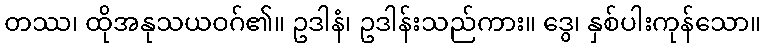
တဿ၊ ထိုအနုသယဝဂ်၏။ ဥဒါနံ၊ ဥဒါန်းသည်ကား။ ဒွေ၊ နှစ်ပါးကုန်သော။